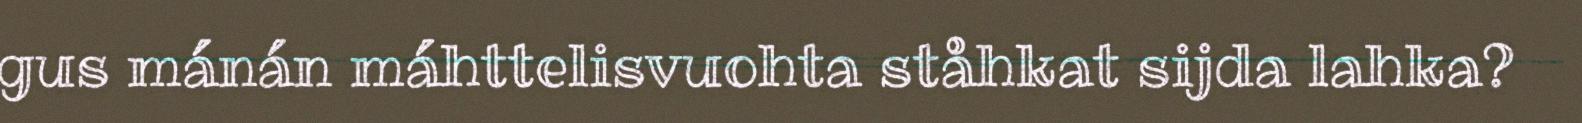
gus mánán máhttelisvuohta ståhkat sijda lahka?